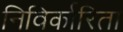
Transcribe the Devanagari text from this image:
निविर्कारिता